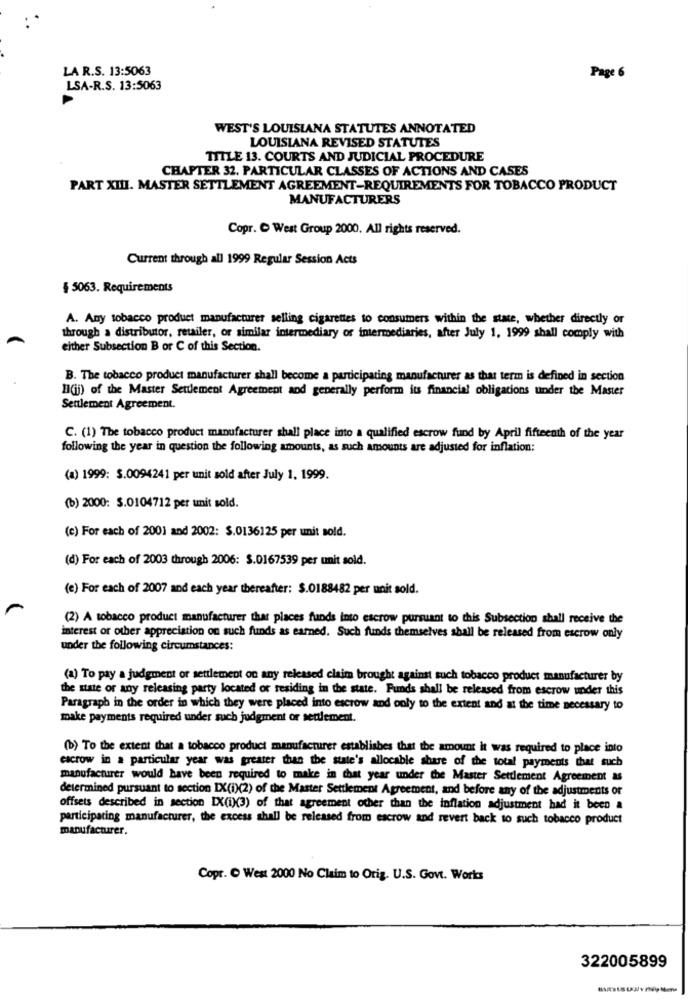
LA R.S. 13:5063
Page 6
LSA-R.S. 13:5063
WEST'S LOUISIANA STATUTES ANNOTATED
LOUISIANA REVISED STATUTES
TITLE 13. COURTS AND JUDICIAL PROCEDURE
CHAPTER 32. PARTICULAR CLASSES OF ACTIONS AND CASES
PART XIII. MASTER SETTLEMENT AGREEMENT-REQUIREMENTS FOR TOBACCO PRODUCT
MANUFACTURERS
Copr. > West Group 2000. All rights reserved.
Current through all 1999 Regular Session Acts
§ 5063. Requirements
A. Any tobacco product manufacturer selling cigarettes to consumers within the state, whether directly or
through a distributor, retailer, or similar intermediary or intermediaries, after July 1, 1999 shall comply with
either Subsection B or C of this Section.
B. The tobacco product manufacturer shall become a participating manufacturer as that term is defined in section
Il(ij) of the Master Settlement Agreement and generally perform its financial obligations under the Master
Settlement Agreement.
C. (1) The tobacco product manufacturer shall place into a qualified escrow fund by April fifteenth of the year
following the year in question the following amounts, as such amounts are adjusted for inflation:
(a) 1999: $.0094241 per unit sold after July 1, 1999.
(b) 2000: S.0104712 per unit sold.
(c) For each of 2001 and 2002: $.0136125 per unit sold.
(d) For each of 2003 through 2006: S.0167539 per unit sold.
(e) For each of 2007 and each year thereafter: $.0188482 per unit sold.
(2) A tobacco product manufacturer that places funds into escrow pursuant to this Subsection shall receive the
interest or other appreciation on such funds as earned. Such funds themselves shall be released from escrow only
under the following circumstances:
(a) To pay a judgment or settlement on any released claim brought against such tobacco product manufacturer by
the state or any releasing party located or residing in the state. Funds shall be released from escrow under this
Paragraph in the order in which they were placed into escrow and only to the extent and at the time necessary to
make payments required under such judgment or settlement.
(b) To the extent that a tobacco product manufacturer establishes that the amount it was required to place into
escrow in a particular year was greater than the state's allocable share of the total payments that such
manufacturer would have been required to make in that year under the Master Settlement Agreement as
determined pursuant to section IX(i)(2) of the Master Settlement Agreement, and before any of the adjustments or
offsets described in section [X(i)(3) of that agreement other than the inflation adjustment had it been a
participating manufacturer, the excess shall be released from escrow and revert back to such tobacco product
manufacturer.
Copr. C West 2000 No Claim to Orig. U.S. Govt. Works
322005899